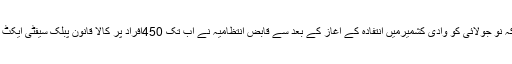
واضح رہے کہ نو جولائی کو وادی کشمیرمیں انتفادہ کے آغاز کے بعد سے قابض انتظامیہ نے اب تک 450افراد پر کالا قانون پبلک سیفٹی ایکٹ لاگو کیا ہے ۔